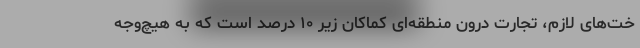
خت‌های لازم، تجارت درون منطقه‌ای کماکان زیر ۱۰ درصد است که به هیچ‌وجه